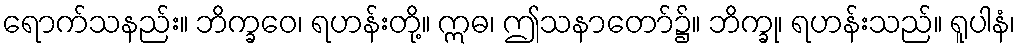
ရောက်သနည်း။ ဘိက္ခဝေ၊ ရဟန်းတို့။ ဣဓ၊ ဤသနာတော်၌။ ဘိက္ခု၊ ရဟန်းသည်။ ရူပါနံ၊